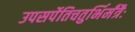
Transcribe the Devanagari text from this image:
उपसर्पेतिचतुर्भिर्मंत्रैः